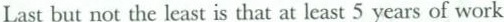
Last but not the least is that at least 5 years of work